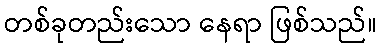
တစ်ခုတည်းသော နေရာ ဖြစ်သည်။